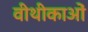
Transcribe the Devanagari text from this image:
वीथीकाओं